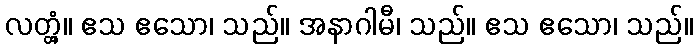
လတ္တံ့။ ဧသ ဧသော၊ သည်။ အနာဂါမီ၊ သည်။ ဧသ ဧသော၊ သည်။